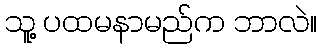
သူ့ ပထမနာမည်က ဘာလဲ။